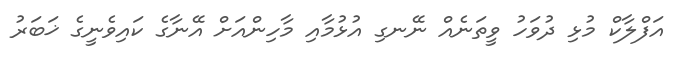
އަފްލާކް މުޅި ދުވަހު ވީތަނެއް ނޭނގި އުޅުމާއި މާހިންއަށް އޭނާގެ ކައިވެނީގެ ޚަބަރު